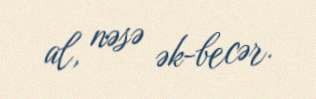
al, nəsə ək-becər.